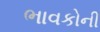
ભાવકોની